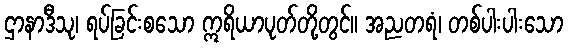
ဌာနာဒီသု၊ ရပ်ခြင်းစသော ဣရိယာပုတ်တို့တွင်။ အညတရံ၊ တစ်ပါးပါးသော